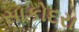
સાકોદરા